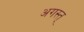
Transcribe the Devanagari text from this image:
अगस्त्